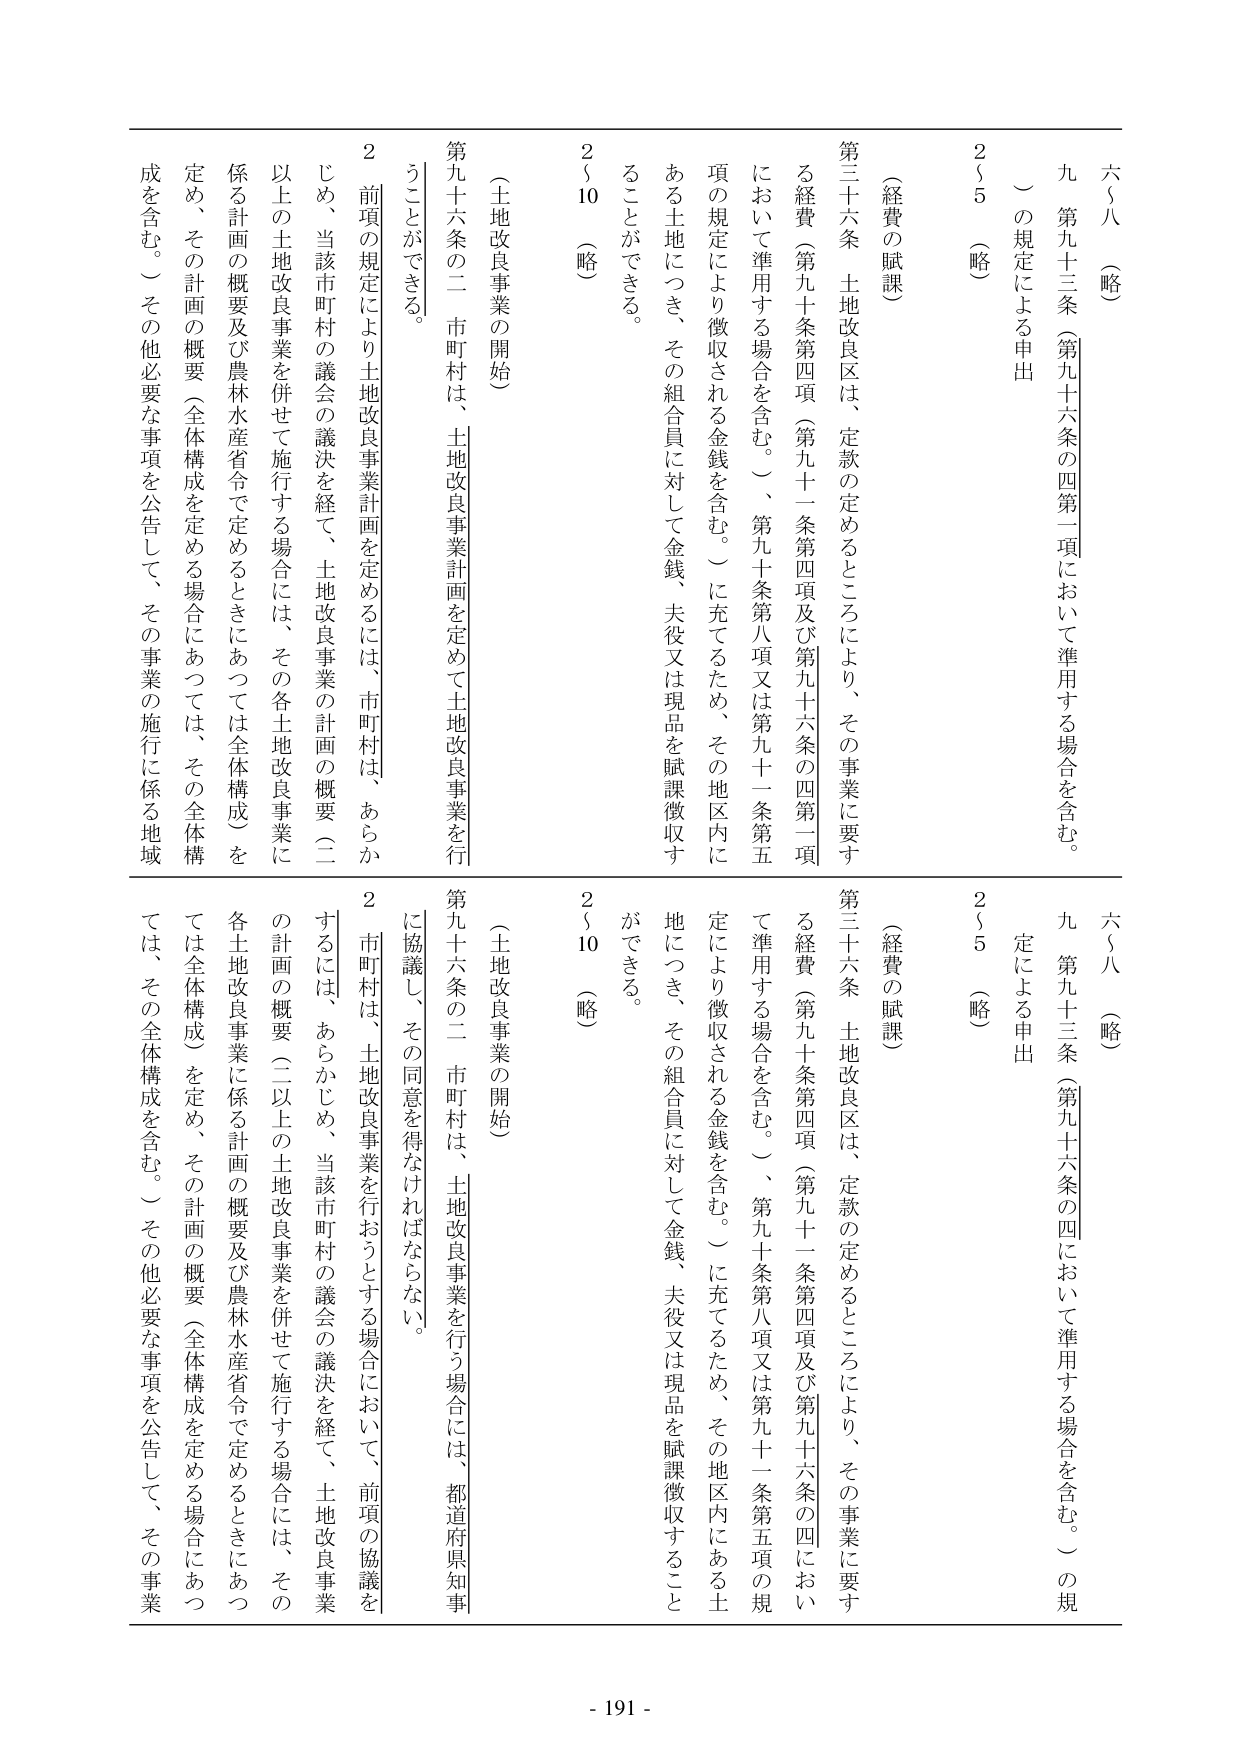
六～八（略）
九 第九十三条（第九十六条の四第一項において準用する場合を含む。）の規定による申出
２～５（略）

（経費の賦課）
第三十六条 土地改良区は、定款の定めるところにより、その事業に要する経費（第九十条第四項（第九十一条第四項及び第九十六条の四第一項において準用する場合を含む。）、第九十条第八項又は第九十一条第五項の規定により徴収される金銭を含む。）に充てるため、その地区内にある土地につき、その組合員に対して金銭、夫役又は現品を賦課徴収することができる。

（土地改良事業の開始）
第九十六条の二 市町村は、土地改良事業計画を定めて土地改良事業を行うことができる。
２ 前項の規定により土地改良事業計画を定めるには、市町村は、あらかじめ、当該市町村の議会の議決を経て、土地改良事業の計画の概要（二以上の土地改良事業を併せて施行する場合には、その各土地改良事業に係る計画の概要及び農林水産省令で定めるときについては全体構成）を定め、その計画の概要（全体構成を定める場合にあつては、その全体構成を含む。）その他必要な事項を公告して、その事業の施行に係る地域

六～八（略）
九 第九十三条（第九十六条の四において準用する場合を含む。）の規定による申出
２～５（略）

（経費の賦課）
第三十六条 土地改良区は、定款の定めるところにより、その事業に要する経費（第九十条第四項（第九十一条第四項及び第九十六条の四において準用する場合を含む。）、第九十条第八項又は第九十一条第五項の規定により徴収される金銭を含む。）に充てるため、その地区内にある土地につき、その組合員に対して金銭、夫役又は現品を賦課徴収することができる。

（土地改良事業の開始）
第九十六条の二 市町村は、土地改良事業を行う場合には、都道府県知事に協議し、その同意を得なければならない。
２ 市町村は、土地改良事業を行おうとする場合において、前項の協議をするには、あらかじめ、当該市町村の議会の議決を経て、土地改良事業の計画の概要（二以上の土地改良事業を併せて施行する場合には、その各土地改良事業に係る計画の概要及び農林水産省令で定めるときについては全体構成）を定め、その計画の概要（全体構成を定める場合にあつては、その全体構成を含む。）その他必要な事項を公告して、その事業

- 191 -